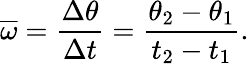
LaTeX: {\overline{{\omega}}}={\frac{\Delta\theta}{\Delta t}}={\frac{\theta_{2}-\theta_{1}}{t_{2}-t_{1}}}.